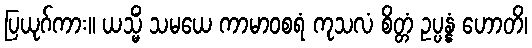
ပြယုဂ်ကား။ ယသ္မိံ သမယေ ကာမာဝစရံ ကုသလံ စိတ္တံ ဥပ္ပန္နံ ဟောတိ၊